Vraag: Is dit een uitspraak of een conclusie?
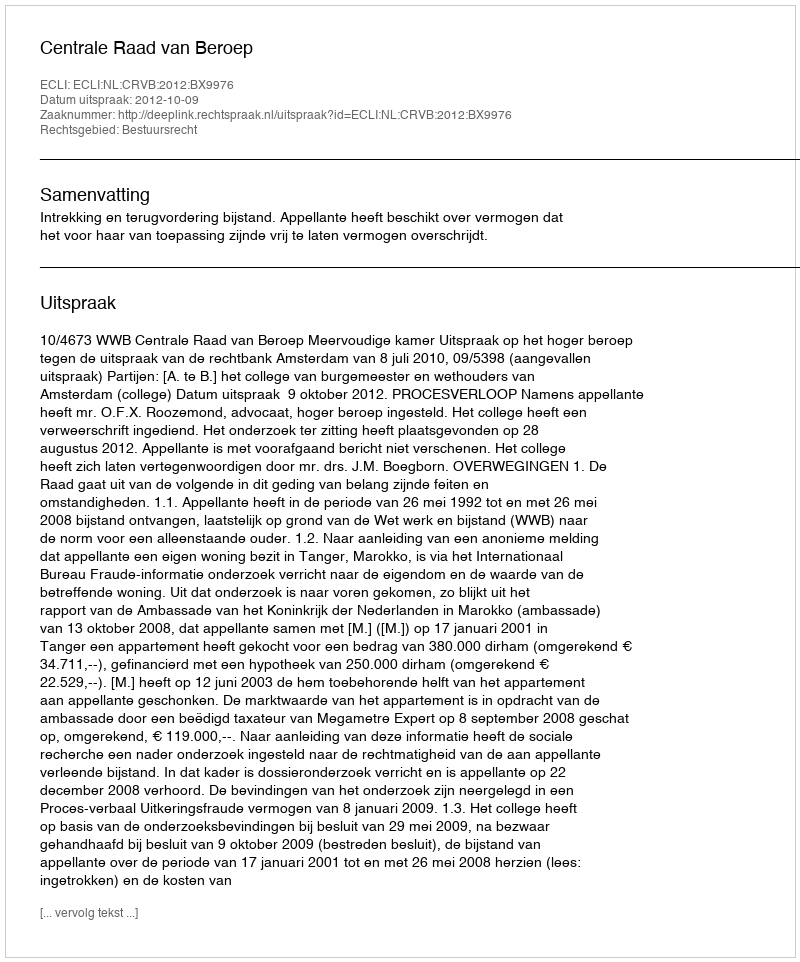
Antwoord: Uitspraak